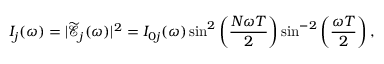
I _ { j } ( \omega ) = | \mathcal { \widetilde E } _ { j } ( \omega ) | ^ { 2 } = { I } _ { 0 j } ( \omega ) \sin ^ { 2 } \left( \frac { N \omega T } { 2 } \right) \sin ^ { - 2 } \left( \frac { \omega T } { 2 } \right) ,